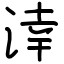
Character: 涬